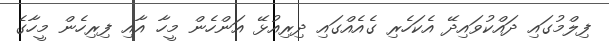
ފިލްމުގައި ދައްކުވައިދޭ އެކަހެރި ގެއެއްގައި ދިރިއުޅޭ އަންހެން މީހާ އާއި ފިރިހެން މީހާގެ